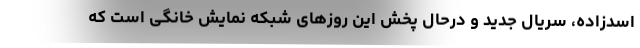
اسدزاده، سریال جدید و درحال پخش این روزهای شبکه نمایش خانگی است که